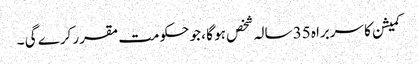
کمیشن کا سربراہ 35 سالہ شخص ہو گا ، جو حکومت مقرر کرے گی ۔